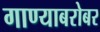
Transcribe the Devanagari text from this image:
गाण्याबरोबर